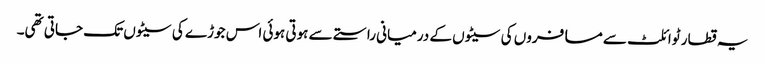
یہ قطار ٹوائلٹ سے مسافروں کی سیٹوں کے درمیانی راستے سے ہوتی ہوئی اس جوڑے کی سیٹوں تک جاتی تھی۔